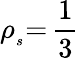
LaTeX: \rho_{_s}{=}\, \frac{1}{3}